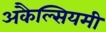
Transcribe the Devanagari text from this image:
अकैल्सियमी